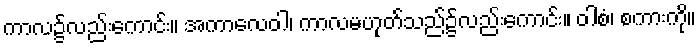
ကာလ၌လည်းကောင်း။ အကာလေဝါ၊ ကာလမဟုတ်သည်၌လည်းကောင်း။ ဝါစံ၊ စကားကို။